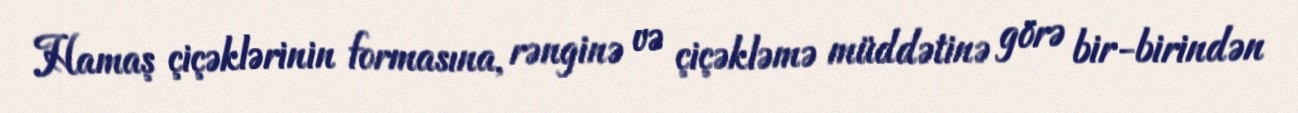
Hamaş çiçəklərinin formasına, rənginə və çiçəkləmə müddətinə görə bir-birindən